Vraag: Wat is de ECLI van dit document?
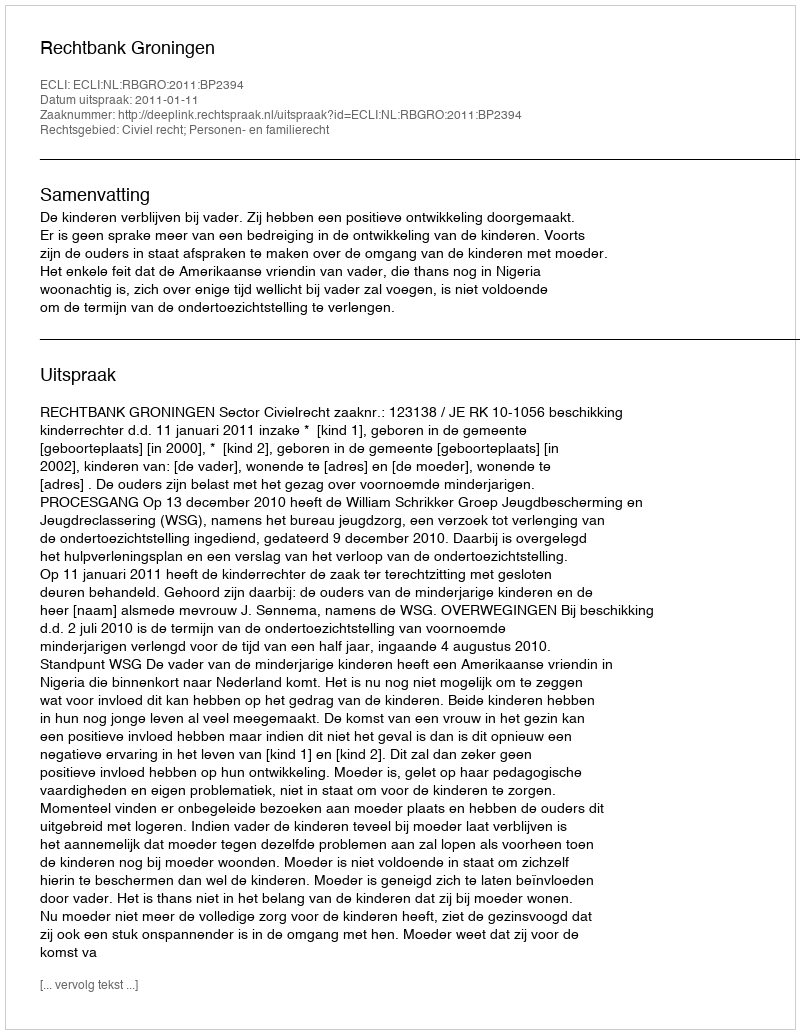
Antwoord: ECLI:NL:RBGRO:2011:BP2394